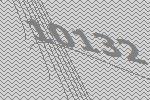
10132